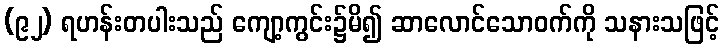
(၉၂) ရဟန်းတပါးသည် ကျော့ကွင်း၌မိ၍ ဆာလောင်သောဝက်ကို သနားသဖြင့်